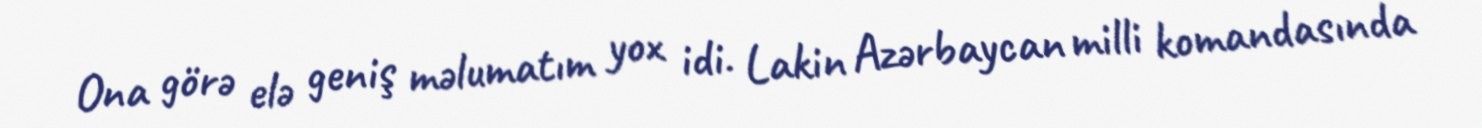
Ona görə elə geniş məlumatım yox idi. Lakin Azərbaycan milli komandasında